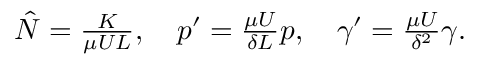
\begin{array} { r } { \hat { N } = \frac { K } { \mu U L } , \quad p ^ { \prime } = \frac { \mu U } { \delta L } p , \quad \gamma ^ { \prime } = \frac { \mu U } { \delta ^ { 2 } } \gamma . } \end{array}